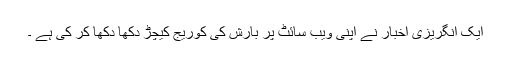
ایک انگریزی اخبار نے اپنی ویب سائٹ پر بارش کی کوریج کیچڑ دکھا دکھا کر کی ہے ۔